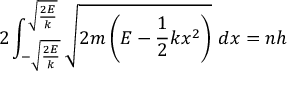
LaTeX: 2 \int _ { - { \sqrt { \frac { 2 E } { k } } } } ^ { \sqrt { \frac { 2 E } { k } } } { \sqrt { 2 m \left( E - { \frac { 1 } { 2 } } k x ^ { 2 } \right) } } \ d x = n h